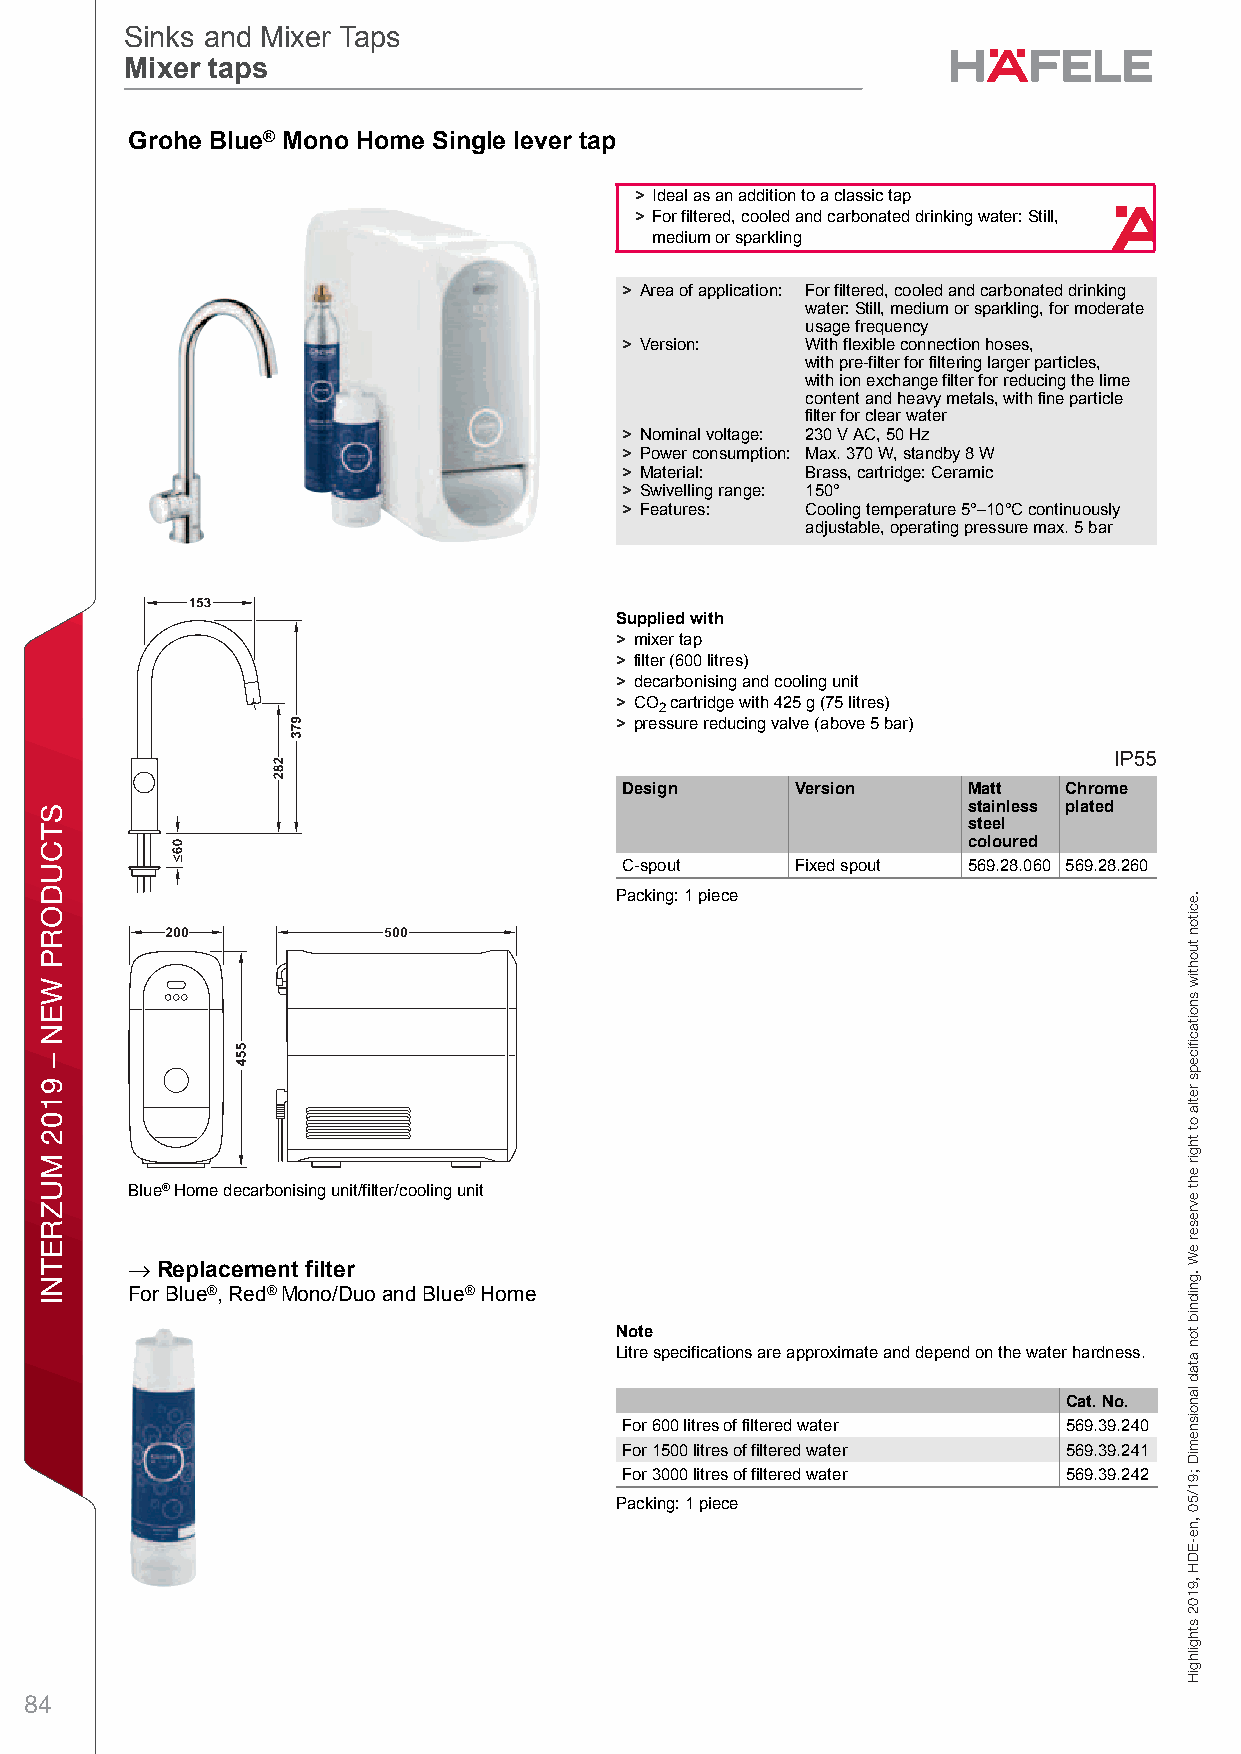
Sinks and Mixer Taps
 Sinks and Mixer Taps
 Mixer taps
 Mixer taps
 sGSinks andr Mixeor TapsShinks ande Mixer T apsBMixer tapls – u / Plannieng and ®Constr uctiMonDimensioonal datan not bindoing. We resHerve the rioght to almter specificaetions wi thouSt notice.ingle lever tap
 > Ideal as an addition to a classic tap
 > For filtered, cooled and carbonated drinking water: Still,
 medium or sparkling
 > Area of application: For filtered, cooled and carbonated drinking
 water: Still, medium or sparkling, for moderate
 usage frequency
 > Version:  With flexible connection hoses,
 with pre-filter for filtering larger particles,
 with ion exchange filter for reducing the lime
 content and heavy metals, with fine particle
 filter for clear water
 > Nominal voltage: 230 V AC, 50 Hz
 > Power consumption: Max. 370 W, standby 8 W
 > Material: Brass, cartridge: Ceramic
 > Swivelling range: 150°
 > Features: Cooling temperature 5°–10°C continuously
 adjustable, operating pressure max. 5 bar
 7
 Supplied with
 > mixer tap
 > filter (600litres)
 > decarbonising and cooling unit
 > CO 2 cartridge with 425g (75litres)
 > pressure reducing valve (above 5 bar)
 Design      Version    Matt  Chrome
 stainless plated
 steel
 coloured
 C-spout     Fixed spout 569.28.060 569.28.260
 Packing: 1 piece
 Blue® Home decarbonising unit/filter/cooling unit
 S→inks and M ixer TapsSinks and Mixer TapsMixer taps – / Planning and ConstructionDimensional data not binding. We reserve the right to alter specifications without notice.
 Replacement filter
 For Blue®, Red® Mono/Duo and Blue® Home
 Note
 Litre specifications are approximate and depend on the water hardness.
 Cat. No.
 For 600 litres of filtered water 569.39.240
 For 1500 litres of filtered water 569.39.241
 For 3000 litres of filtered water 569.39.242
 Packing: 1 piece
 84
 STCUDORP
 WEN
 –
 9102
 MUZRETNI
 spaT
 rexiM
 dna
 skniS
 .eciton
 tuohtiw
 snoitacfiiceps
 retla
 ot
 thgir
 eht
 evreser
 eW
 .gnidnib
 ton
 atad
 lanoisnemiD
 ;91/50
 ,ne-EDH
 ,9102
 sthgilhgiH